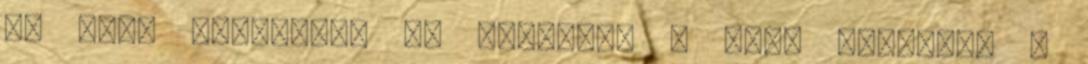
Az első benyomás: az előszoba A szín ábécéje: a